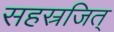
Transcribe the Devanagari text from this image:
सहस्रजित्